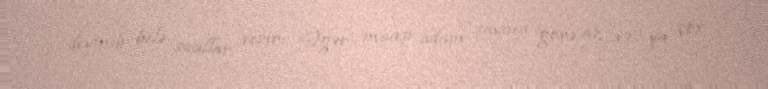
deyinib belə suallar verir: “Əgər maaşı adam sayına görə az və ya çox